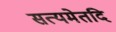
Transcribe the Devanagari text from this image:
सत्यमेतदि